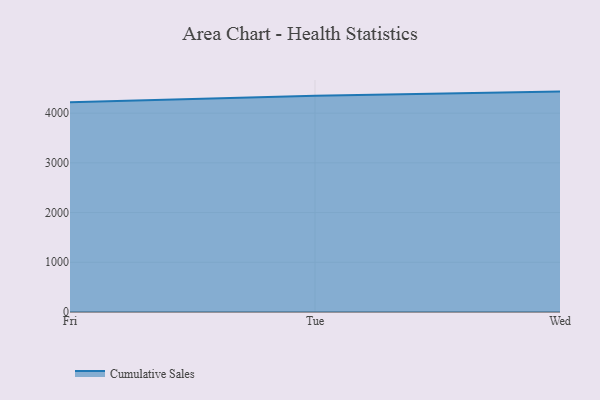
{"axis": {"x": "Day", "y": "Active Users"}, "legend": ["Cumulative Sales"], "data": [{"x": "Fri", "y": 4220.9, "type": "Cumulative Sales"}, {"x": "Tue", "y": 4350.0, "type": "Cumulative Sales"}, {"x": "Wed", "y": 4433.5, "type": "Cumulative Sales"}]}